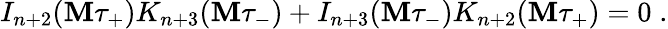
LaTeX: I_{n+2}(\mathbf{M}\tau_{+})K_{n+3}(\mathbf{M}\tau_{-})+I_{n+3}(\mathbf{M}\tau_{-})K_{n+2}(\mathbf{M}\tau_{+})=0\; .